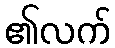
၏လက်